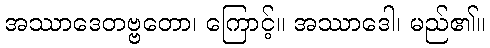
အဿာဒေတဗ္ဗတော၊ ကြောင့်။ အဿာဒေါ၊ မည်၏။